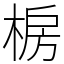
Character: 椖